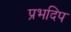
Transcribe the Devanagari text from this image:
प्रभदिप